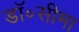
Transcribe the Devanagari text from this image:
डॉ॰सीमा